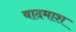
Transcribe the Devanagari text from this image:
बादमाश